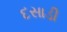
દસાડી